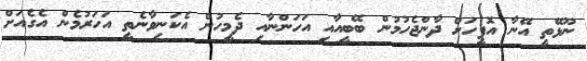
ނޫޅޭތީ އޭނާ އޮފީހަށް ދާންޖެހުމުން ބޭބީއާއި އަހަންނާއި ދެމީހުން އެކަނިވާނެތީ އަހަރުމެން އެގެއަށް